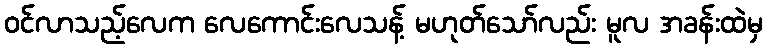
ဝင်လာသည့်လေက လေကောင်းလေသန့် မဟုတ်သော်လည်း မူလ အခန်းထဲမှ